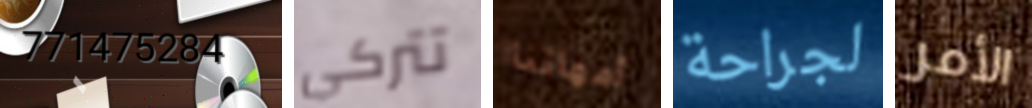
771475284 تتركي أمهاتنا لجراحة الأمر